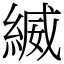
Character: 縅